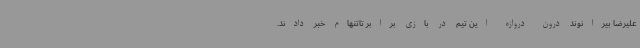
علیرضا بیرانوند درون دروازه این تیم در بازی برابر تاتنهام خبر دادند.